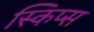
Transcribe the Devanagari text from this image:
स्किप्स